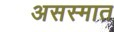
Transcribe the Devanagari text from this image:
असस्मात